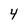
Character: 4